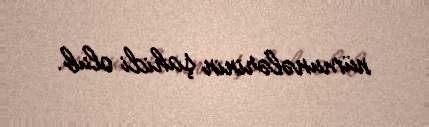
nümunələrinin şahidi olub.